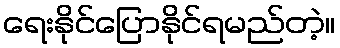
ရေးနိုင်ပြောနိုင်ရမည်တဲ့။